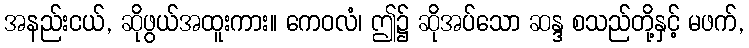
အနည်းငယ်, ဆိုဖွယ်အထူးကား။ ကေဝလံ၊ ဤ၌ ဆိုအပ်သော ဆန္ဒ စသည်တို့နှင့် မဖက်,